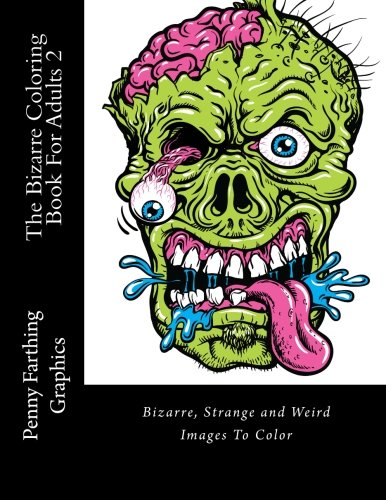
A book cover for The Bizarre Coloring Book For Adults 2: Bizarre, Strange and Weird Images To Color; Penny Farthing Graphics; Arts & Photography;